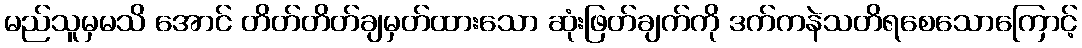
မည်သူမှမသိ အောင် တိတ်တိတ်ချမှတ်ထားသော ဆုံးဖြတ်ချက်ကို ဒက်ကနဲသတိရစေသောကြောင့်